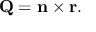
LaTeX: \mathbf { Q } = \mathbf { n } \times \mathbf { r } .